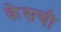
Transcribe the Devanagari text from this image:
केसची